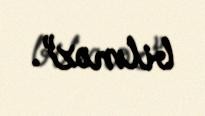
bilməz”.